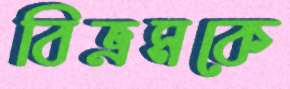
বিভ্রমকে